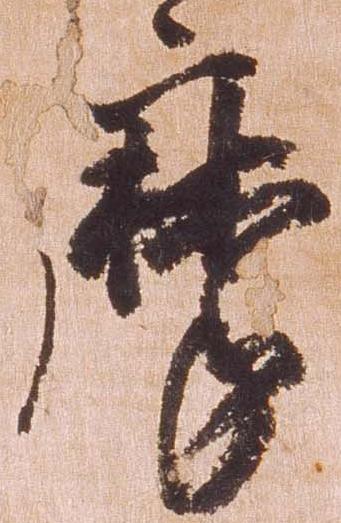
摩